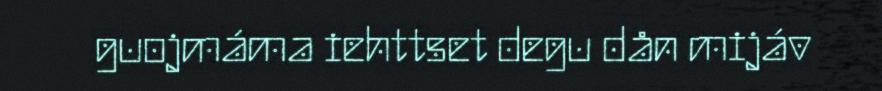
guojmáma iehttset degu dån mijáv